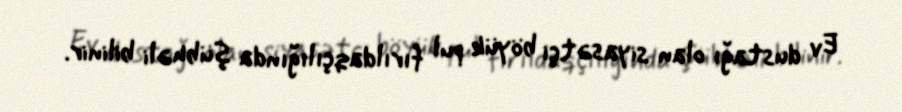
Ev dustağı olan siyasətçi böyük pul fırıldaqçılığında şübhəli bilinir.